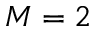
M = 2